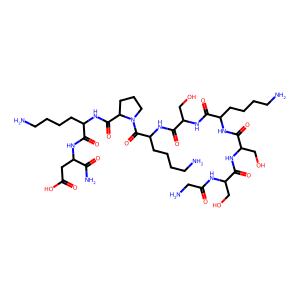
SMILES: NCCCCC(NC(=O)C(CO)NC(=O)C(CO)NC(=O)CN)C(=O)NC(CO)C(=O)NC(CCCCN)C(=O)N1CCCC1C(=O)NC(CCCCN)C(=O)NC(CC(=O)O)C(N)=O
Inhibits HIV replication: No